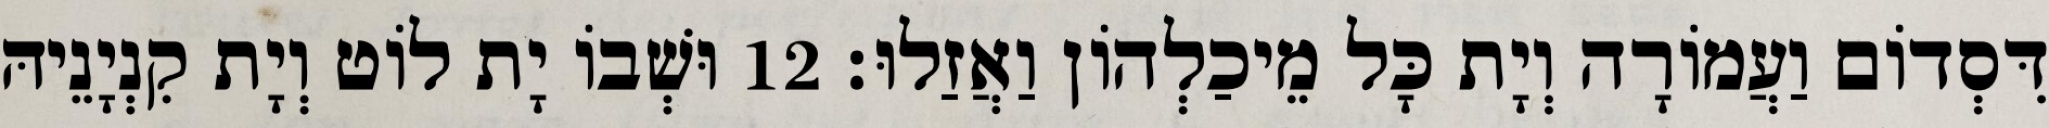
דִּסְדוֹם וַעֲמוֹרָה וְיָת כָּל מֵיכַלְהוֹן וַאֲזַלוּ׃ 12 וּשְׁבוֹ יָת לוֹט וְיָת קִנְיָנֵיהּ